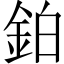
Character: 鉑